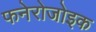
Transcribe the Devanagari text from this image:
फनेरोजोइक